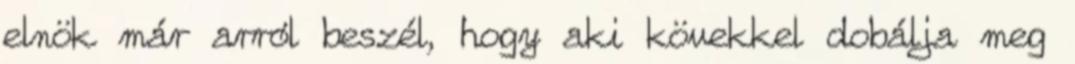
elnök már arról beszél, hogy aki kövekkel dobálja meg